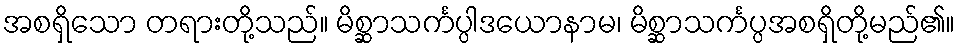
အစရှိသော တရားတို့သည်။ မိစ္ဆာသင်္ကပ္ပါဒယောနာမ၊ မိစ္ဆာသင်္ကပ္ပအစရှိတို့မည်၏။